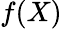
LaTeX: f(X)